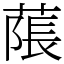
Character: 𦹥